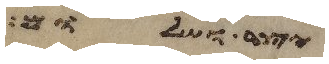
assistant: יצר ושלום